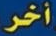
أخر